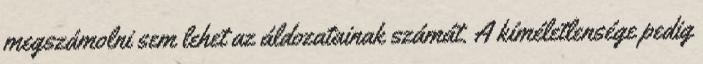
megszámolni sem lehet az áldozatainak számát. A kíméletlensége pedig